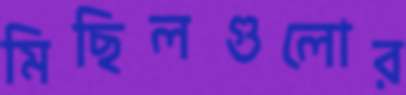
মিছিলগুলোর